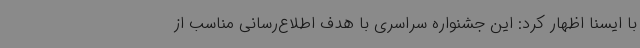
با ایسنا اظهار کرد: این جشنواره سراسری با هدف اطلاع‌رسانی مناسب از